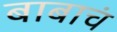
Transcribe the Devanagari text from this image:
बाबाचं